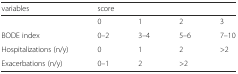
| variables | <COLSPAN=4> score |
 | --- | --- | --- | --- | --- |
 |  | 0 | 1 | 2 | 3 |
 | BODE index | 0–2 | 3–4 | 5–6 | 7–10 |
 | Hospitalizations (n/y) | 0 | 1 | 2 | >2 |
 | Exacerbations (n/y) | 0–1 | 2 | >2 |  |